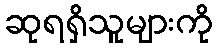
ဆုရရှိသူများကို